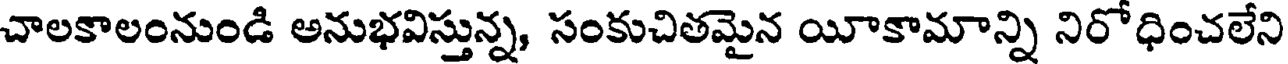
చాలకాలంనుండి అనుభవిస్తున్న, సంకుచితమైన యీకామాన్ని నిరోధించలేని